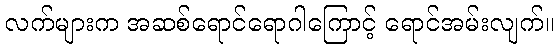
လက်များက အဆစ်ရောင်ရောဂါကြောင့် ရောင်အမ်းလျက်။